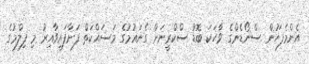
އެންމެފަހުން ސްނޯޑެންގެ ވާހަކަ ބޮޑު ސްކްރީނަށް ގެނައުމުގެ މަސައްކަތް ފަށާފައިވާއިރު މި ފިލްމުގެ